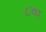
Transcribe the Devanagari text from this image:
८व्ध